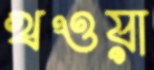
খওয়া